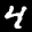
Label: 4